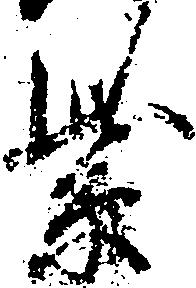
紫